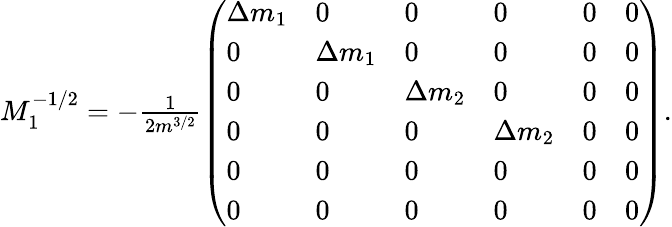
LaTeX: \begin{array}{r}{M_{1}^{-1/2}=-\frac{1}{2m^{3/2}}\left(\begin{array}{llllll}{\Delta m_{1}}&{0}&{0}&{0}&{0}&{0}\\ {0}&{\Delta m_{1}}&{0}&{0}&{0}&{0}\\ {0}&{0}&{\Delta m_{2}}&{0}&{0}&{0}\\ {0}&{0}&{0}&{\Delta m_{2}}&{0}&{0}\\ {0}&{0}&{0}&{0}&{0}&{0}\\ {0}&{0}&{0}&{0}&{0}&{0}\end{array}\right).}\end{array}